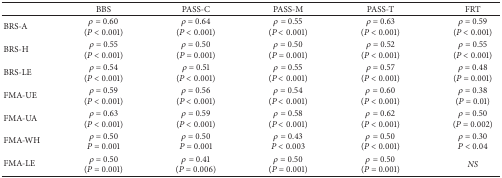
<table><thead><tr><td>[EMPTY_CELL]</td><td><b>BBS</b></td><td><b>PASS-C</b></td><td><b>PASS-M</b></td><td><b>PASS-T</b></td><td><b>FRT</b></td></tr></thead><tbody><tr><td>BRS-A</td><td><i>ρ</i> = 0.60(<i>P</i> &lt; 0.001)</td><td><i>ρ</i> = 0.64(<i>P</i> &lt; 0.001)</td><td><i>ρ</i> = 0.55(<i>P</i> &lt; 0.001)</td><td><i>ρ</i> = 0.63(<i>P</i> &lt; 0.001)</td><td><i>ρ</i> = 0.59(<i>P</i> &lt; 0.001)</td></tr><tr><td>BRS-H</td><td><i>ρ</i> = 0.55(<i>P</i> &lt; 0.001)</td><td><i>ρ</i> = 0.50(<i>P</i> = 0.001)</td><td><i>ρ</i> = 0.50(<i>P</i> = 0.001)</td><td><i>ρ</i> = 0.52(<i>P</i> &lt; 0.001)</td><td><i>ρ</i> = 0.55(<i>P</i> &lt; 0.001)</td></tr><tr><td>BRS-LE</td><td><i>ρ</i> = 0.54(<i>P</i> &lt; 0.001)</td><td><i>ρ</i> = 0.51(<i>P</i> &lt; 0.001)</td><td><i>ρ</i> = 0.55(<i>P</i> &lt; 0.001)</td><td><i>ρ</i> = 0.57(<i>P</i> &lt; 0.001)</td><td><i>ρ</i> = 0.48(<i>P</i> = 0.001)</td></tr><tr><td>FMA-UE</td><td><i>ρ</i> = 0.59(<i>P</i> &lt; 0.001)</td><td><i>ρ</i> = 0.56 (<i>P</i> &lt; 0.001)</td><td><i>ρ</i> = 0.54(<i>P</i> &lt; 0.001)</td><td><i>ρ</i> = 0.60(<i>P</i> &lt; 0.001)</td><td><i>ρ</i> = 0.38(<i>P</i> = 0.01)</td></tr><tr><td>FMA-UA</td><td><i>ρ</i> = 0.63 (<i>P</i> &lt; 0.001)</td><td><i>ρ</i> = 0.59(<i>P</i> &lt; 0.001)</td><td><i>ρ</i> = 0.58(<i>P</i> &lt; 0.001)</td><td><i>ρ</i> = 0.62(<i>P</i> &lt; 0.001)</td><td><i>ρ</i> = 0.50(<i>P</i> = 0.002)</td></tr><tr><td>FMA-WH</td><td><i>ρ</i> = 0.50<i>P</i> = 0.001</td><td><i>ρ</i> = 0.50<i>P</i> = 0.001</td><td><i>ρ</i> = 0.43<i>P</i> &lt; 0.003</td><td><i>ρ</i> = 0.50(<i>P</i> &lt; 0.001)</td><td><i>ρ</i> = 0.30<i>P</i> &lt; 0.04</td></tr><tr><td>FMA-LE</td><td><i>ρ</i> = 0.50(<i>P</i> = 0.001)</td><td><i>ρ</i> = 0.41(<i>P</i> = 0.006)</td><td><i>ρ</i> = 0.50(<i>P</i> = 0.001)</td><td><i>ρ</i> = 0.50(<i>P</i> = 0.001)</td><td><i>NS </i></td></tr></tbody></table>